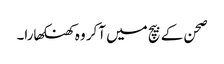
صحن کے بیچ میں آکر وہ کھنکھارا۔